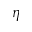
\eta